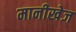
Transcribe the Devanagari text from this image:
मानीखेज